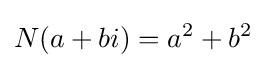
N(a+bi)=a^{2}+b^{2}